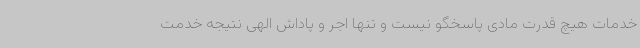
خدمات هیچ قدرت مادی پاسخگو نیست و تنها اجر و پاداش الهی نتیجه خدمت